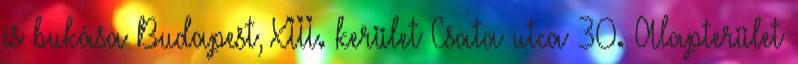
és bukása Budapest, XIII. kerület Csata utca 30. Alapterület